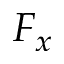
F _ { x }